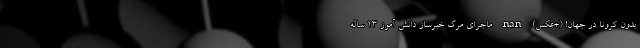
بدون کرونا در جهان! (+عکس) nan ماجرای مرگ خبرساز دانش آموز 13 ساله